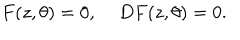
F ( z , \theta ) = 0 , \; D F ( z , \theta ) = 0 .